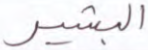
البشير